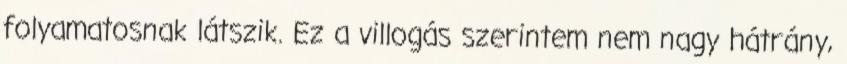
folyamatosnak látszik. Ez a villogás szerintem nem nagy hátrány,